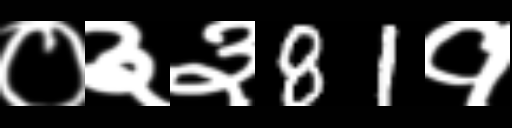
Text: ०३३81१